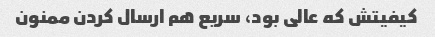
کیفیتش که عالی بود، سریع هم ارسال کردن ممنون